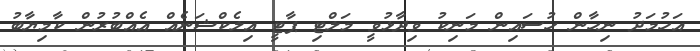
އަހުމަދު ނިހާން ހުސައިން މަނިކު ވިދާޅުވީ މަލްޓި ޕާޓީ އިލެކްޝަނެއް އެއްބުރުން ކާމިޔާބު